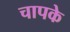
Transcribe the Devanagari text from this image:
चापके